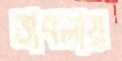
ভাবলায়